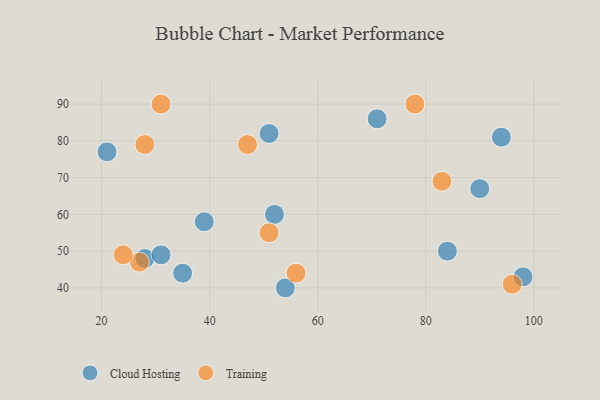
{"axis": {"x": "GDP", "y": "Life Expectancy"}, "legend": ["Cloud Hosting", "Training"], "data": [{"x": "21", "y": 77, "type": "Cloud Hosting"}, {"x": "94", "y": 81, "type": "Cloud Hosting"}, {"x": "39", "y": 58, "type": "Cloud Hosting"}, {"x": "90", "y": 67, "type": "Cloud Hosting"}, {"x": "84", "y": 50, "type": "Cloud Hosting"}, {"x": "35", "y": 44, "type": "Cloud Hosting"}, {"x": "52", "y": 60, "type": "Cloud Hosting"}, {"x": "28", "y": 48, "type": "Cloud Hosting"}, {"x": "51", "y": 82, "type": "Cloud Hosting"}, {"x": "31", "y": 49, "type": "Cloud Hosting"}, {"x": "71", "y": 86, "type": "Cloud Hosting"}, {"x": "54", "y": 40, "type": "Cloud Hosting"}, {"x": "98", "y": 43, "type": "Cloud Hosting"}, {"x": "47", "y": 79, "type": "Training"}, {"x": "31", "y": 90, "type": "Training"}, {"x": "27", "y": 47, "type": "Training"}, {"x": "51", "y": 55, "type": "Training"}, {"x": "78", "y": 90, "type": "Training"}, {"x": "56", "y": 44, "type": "Training"}, {"x": "96", "y": 41, "type": "Training"}, {"x": "83", "y": 69, "type": "Training"}, {"x": "24", "y": 49, "type": "Training"}, {"x": "28", "y": 79, "type": "Training"}]}